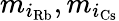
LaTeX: m_{i_{\mathrm{Rb}}},m_{i_{\mathrm{Cs}}}